Annual report of the Punjab Veterinary College and of the Civil Veterinary Department, Punjab - 1894-1908
Year: 1894
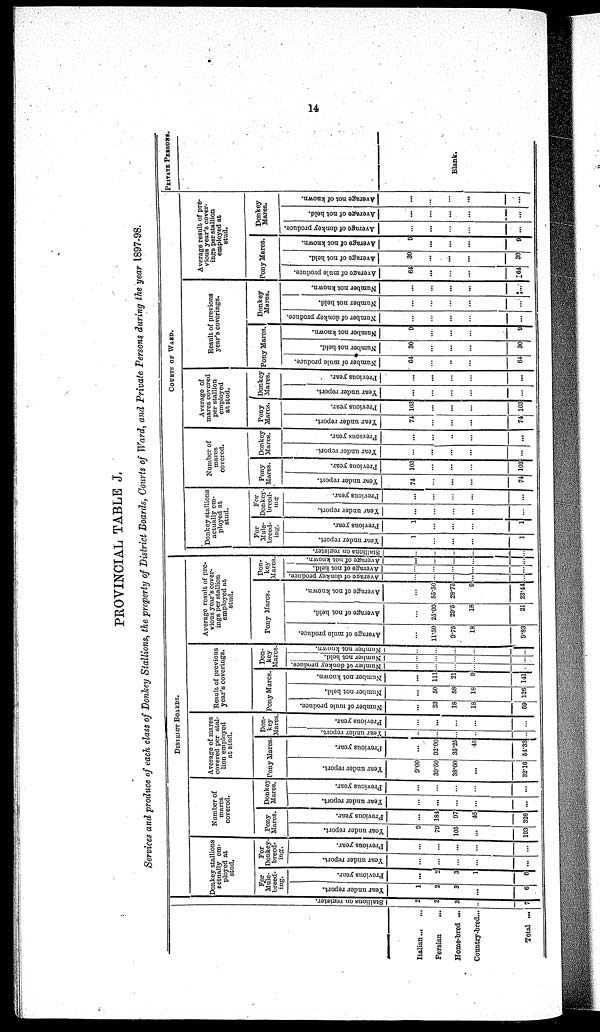
14
PROVINCIAL TABLE J,
Services and produce of each class of Donkey Stallions, the property of District Boards, Courts of Ward, and Private Persons during the year 1897-98.
Italian ... ...
Persian
...
Home-bred ...
Country-bred ...
Total ...
Stallions on register.
2
2
3
..
7
DISTRICT BOARDS.
Donkey stallions
actually em-
ployed at
stud.
For
Mule-
breed-
ing.
Year under report.
1
2
3
...
6
Previous year.
...
2
3
1
6
For
Donkey
breed-
ing.
Year under report.
...
...
...
...
...
Previous year.
...
...
...
...
...
Number of
mares
covered.
Pony
Mares.
Year under report.
9
79
105
...
193
Previous year.
...
184
97
45
326
Donkey
Mares,
Year under report.
...
...
...
...
...
Previous year.
...
...
...
...
...
Average of mares
covered per stal-
lion employed
at stud.
Pony Mares
Year under report.
9.00
39.50
38.00
...
32.16
Previous year.
...
92.00
35.25
43
54.33
Don-
key
Mares
Year under report.
...
...
...
...
...
Previous year.
...
...
...
...
...
Result of previous
year's coverings.
Pony Mares
Number of mule produce.
...
23
18
18
59
Number not held.
...
50
58
18
126
Number not known.
...
111
21
9
141
Don-
key
Mares.
Number of donkey produce.
...
...
...
...
...
Number not held.
...
...
...
...
...
Number not
known.
...
...
...
...
...
Average result of pre-
vious year's cover-
ings per stallion
employed at
stud.
Pony Mares.
Average of mule produce.
...
11.50
9.75
18
9.83
Average of not held.
...
25.00
29.5
18
21
Average of not known.
...
55.50
28.75
9
23.44
Don-
key
Mares
Average of donkey produce.
...
...
...
...
...
Average of not held.
...
...
...
...
...
Average
of not known.
...
...
...
...
...
COURTS OF WARD.
Stallions
on register.
...
...
...
...
...
Donkey stallions
actually em-
ployed at
stud.
For
Mule-
breed-
ing.
Year under report.
1
...
...
...
1
Previous year.
1
...
...
...
1
For
Donkey
breed-
ing
Year under report.
...
...
...
...
...
Previous year.
...
...
...
...
...
Number of
mares
covered.
Pony
Mares.
Year under report.
74
...
...
...
74
Previous year.
103
...
...
...
103
Donkey
Mares.
Year under report.
...
...
...
...
...
Previous year.
...
...
...
...
...
Average of
mares covered
per stallion
employed
at stud.
Pony
Mares.
Year under report.
74
...
...
...
74
Previous year.
103
...
...
...
103
Donkey
Mares.
Year under report.
...
...
...
...
...
Previous year.
...
...
...
...
...
Result of previous
year's coverings.
Pony Mares
Number of mule produce.
64
...
...
...
64
Number not held.
30
...
...
...
30
Number not known.
9
...
...
...
9
Donkey
Mares.
Number of donkey produce.
...
...
...
...
...
Number not held.
...
...
...
...
...
Number not known.
...
...
...
...
...
Average result of pre-
vious year's cover-
ings per stallion
employed at
stud.
Pony Mares.
Average of mule produce.
64
...
...
...
64
Average of not held.
30
...
...
...
30
Average of not known.
9
...
...
...
9
Donkey
Mares.
Average of donkey produce.
...
...
...
...
...
Average of not held.
...
...
...
...
...
Average not of known.
...
...
...
...
...
PRIVATE PERSONS.
Blank.